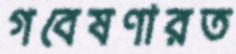
গবেষণারত